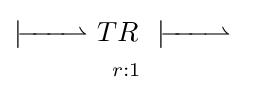
{\begin{matrix}|\ {\overset {\textstyle }{\underset {\textstyle }{\!\!\!-\!\!\!-\!\!\!-\!\!\!\rightharpoonup }}}\ TR\ \ |\ {\overset {\textstyle }{\underset {\textstyle }{\!\!\!-\!\!\!-\!\!\!-\!\!\!\rightharpoonup }}}\ \\^{r:1}\end{matrix}}